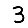
Digit: 3